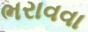
ભરાવવા